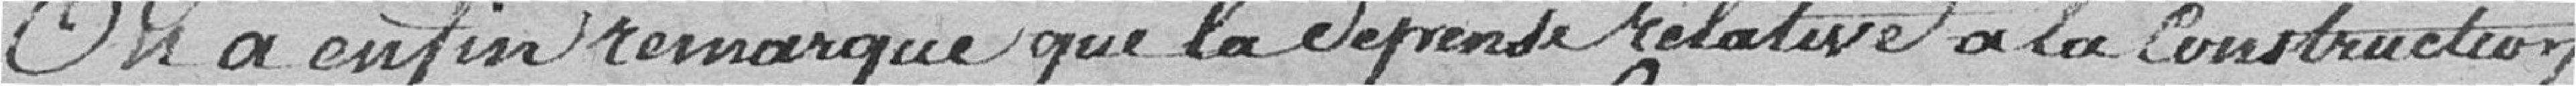
On a enfin remarqué que la dépense relative à la construction